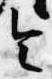
令